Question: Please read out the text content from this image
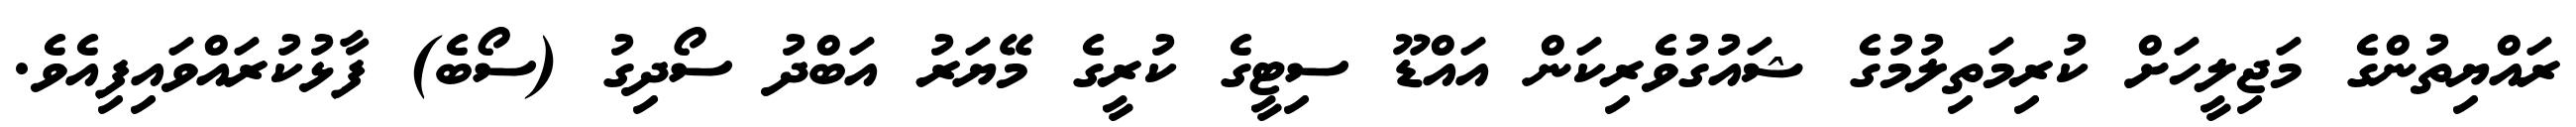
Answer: ރައްޔިތުންގެ މަޖިލީހަށް ކުރިމަތިލުމުގެ ޝައުގުވެރިކަން އައްޑޫ ސިޓީގެ ކުރީގެ މޭޔަރު އަބްދު ސޯދިގު (ސޯބެ) ފާޅުކުރައްވައިފިއެވެ.